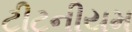
ટીટનીયમ